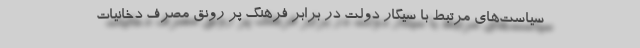
سیاست‌های مرتبط با سیگارِ دولت در برابر فرهنگ پُر رونقِ مصرف دخانیات